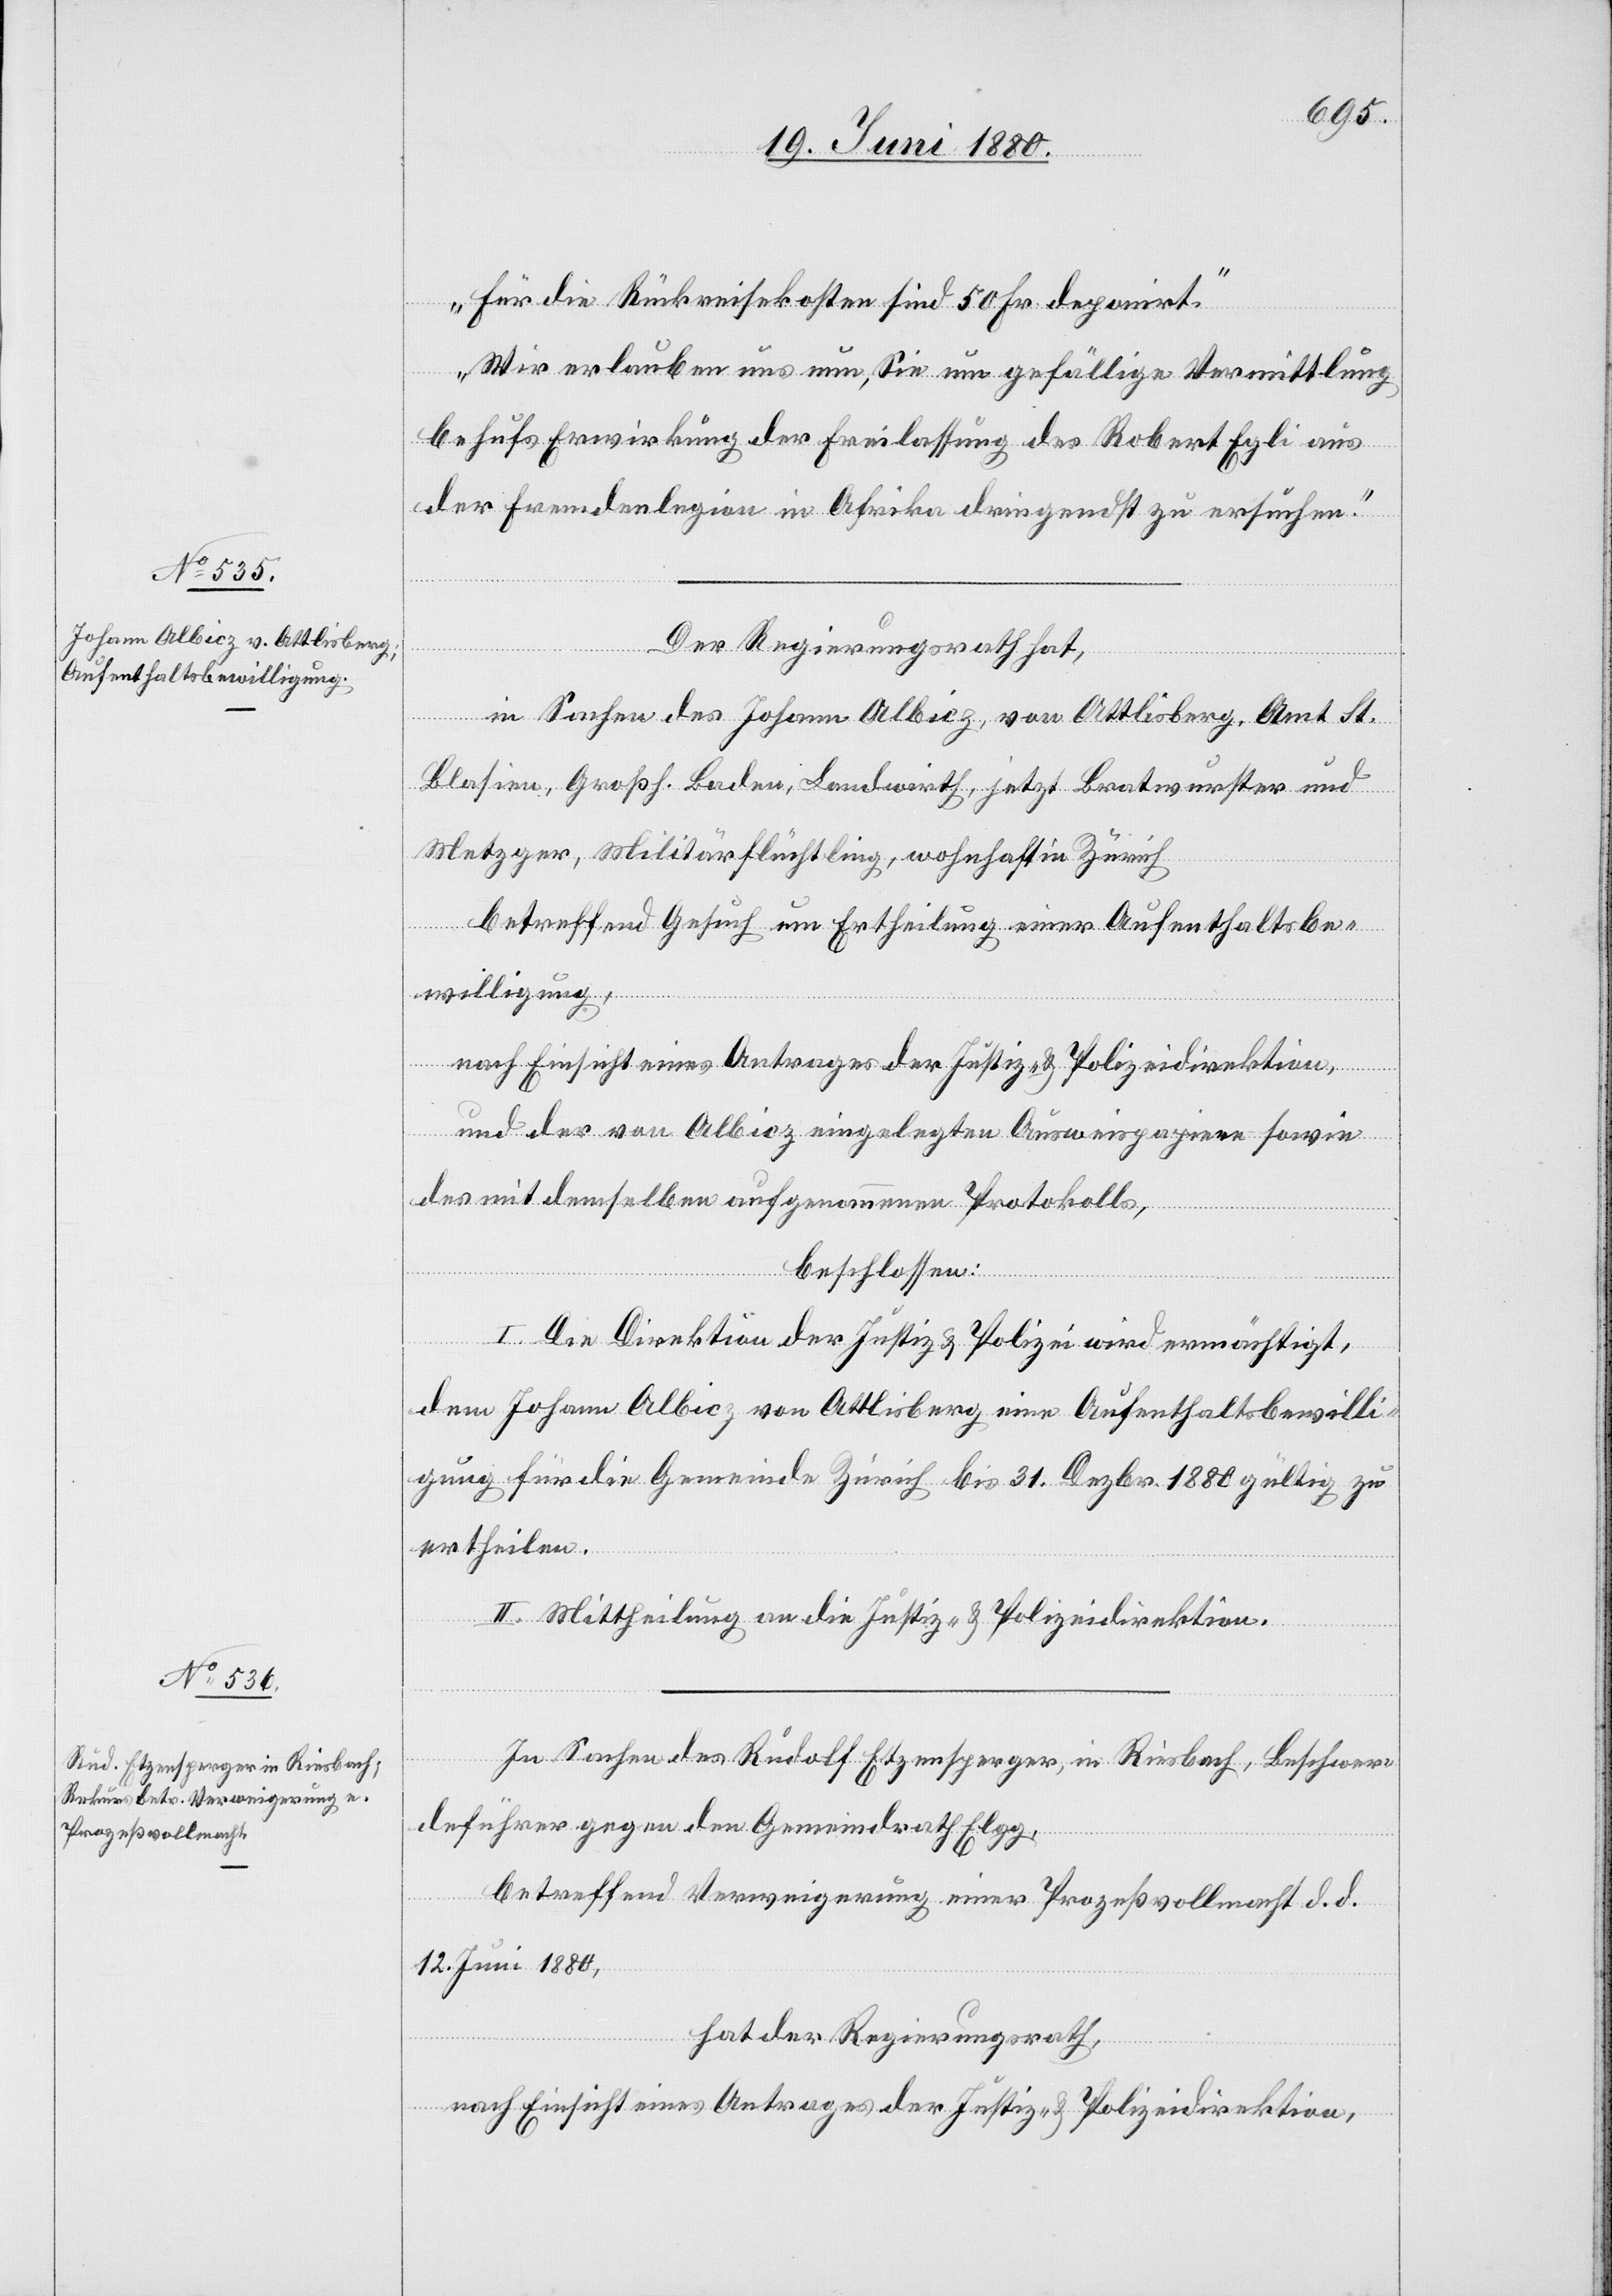
Für die Rückreisekosten sind 50 Fr. deponirt.
Wir erlauben uns nun, Sie um gefällige Vermittlung
behufs Erwirkung der Freilassung des Robert Egli aus
der Fremdenlegion in Afrika dringendst zu ersuchen.
Der Regierungsrath hat,
in Sachen des Johann Albicz, von Ottlisberg, Amt St.
Blasien, Großh. Baden, Landwirth, jetzt Bratwurster und
Metzger, Militärflüchtling, wohnhaft in Zürich,
betreffend Gesuch um Ertheilung einer Aufenthaltsbe¬
willigung,
nach Einsicht eines Antrages der Justiz- & Polizeidirektion,
und der von Albicz eingelegten Ausweispapiere sowie
des mit demselben aufgenommenen Protokolls,
beschlossen:
I. Die Direktion der Justiz & Polizei wird ermächtigt,
dem Johann Albicz, von Ottlisberg eine Aufenthaltsbewilli¬
gung für die Gemeinde Zürich bis 31. Dezbr. 1880 gültig zu
ertheilen.
II. Mittheilung an die Justiz- & Polizeidirektion.
In Sachen des Rudolf Etzensperger, in Riesbach, Beschwer¬
deführer gegen den Gemeindrath El¬
gg,
betreffend Verweigerung einer Prozeßvollmacht d. d.
12. Juni 1880,
hat der Regierungsrath,
nach Einsicht eines Antrages der Justiz- & Polizeidirektion,